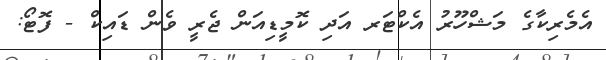
އެމެރިކާގެ މަޝްހޫރު އެކްޓަރ އަދި ކޮމީޑިއަން ޖެރީ ވެން ޑައިކް - ފޮޓޯ: